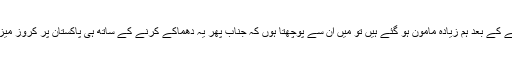
کچھ دانشور حضرات کہتے ہیں کہ ایٹی دھماکہ کرنے کے بعد ہم زیادہ مامون ہو گئے ہیں تو میں اُن سے پوچھتا ہوں کہ جناب پھر یہ دھماکے کرنے کے ساتھ ہی پاکستان پر کروز میزائل اور بعد ازاں ڈرون حملے کیسے شروع ہو گئے۔